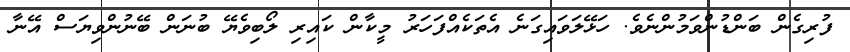
ފުރިގެން ބަންޑުންވަމުންނެވެ. ހަޅޭލަވައިގަނެ އެތަކެއްފަހަރު މީކާން ކައިރި ލޯބިވެޔޭ ބުނަން ބޭނުންވިޔަސް އޭނާ